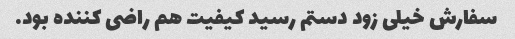
سفارش خیلی زود دستم رسید کیفیت هم راضی کننده بود.